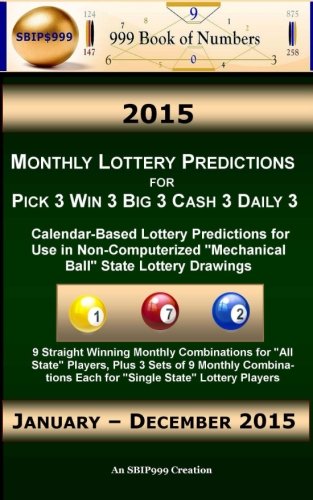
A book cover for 2015 Monthly Lottery Predictions for Pick 3 Win 3 Big 3 Cash 3 Daily 3: Calendar-Based Lottery Predictions for Use in Non-Computerized "Mechanical Ball" State Lottery Drawings; Ama Maynu; Calendars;